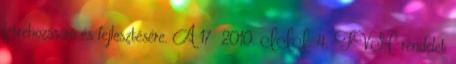
létrehozására és fejlesztésére. A 17 2010. III. 4. FVM rendelet